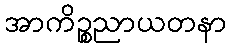
အာကိဉ္စညာယတနာ